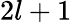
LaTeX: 2l+1